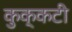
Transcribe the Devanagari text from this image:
कुक्कटी